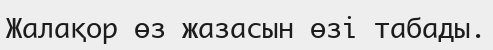
Жалақор өз жазасын өзі табады.